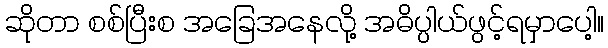
ဆိုတာ စစ်ပြီးစ အခြေအနေလို့ အဓိပ္ပါယ်ဖွင့်ရမှာပေါ့။